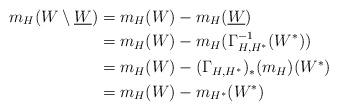
LaTeX: \begin{align*}m_H(W\setminus \underline{W})&=m_H(W)-m_H(\underline{W})\\&=m_H(W)-m_H(\Gamma_{H,H^{*}}^{-1}(W^*))\\&=m_H(W)-(\Gamma_{H,H^{*}})_{\ast}(m_H)(W^*)\\&=m_H(W)-m_{H^*}(W^*)\end{align*}